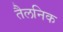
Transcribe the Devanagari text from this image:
तैलनिक